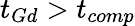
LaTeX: t_{Gd}>t_{comp}